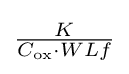
{\tfrac {K}{C_{\text{ox}}\cdot WLf}}